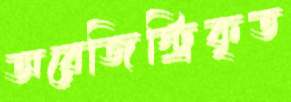
অরেজিস্ট্রিকৃত